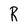
Character: R